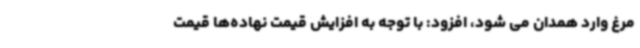
مرغ وارد همدان می شود، افزود: با توجه به افزایش قیمت نهاده‌ها قیمت